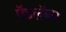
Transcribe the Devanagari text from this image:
ऍडलॅब्स